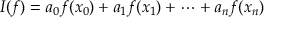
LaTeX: I ( f ) = a _ { 0 } f ( x _ { 0 } ) + a _ { 1 } f ( x _ { 1 } ) + \dots + a _ { n } f ( x _ { n } )